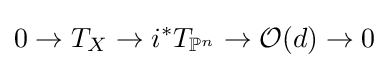
0\to T_{X}\to i^{*}T_{\mathbb {P} ^{n}}\to {\mathcal {O}}(d)\to 0